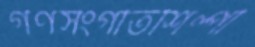
গণসংগীতশিল্পী